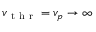
v _ { \mathrm { ~ t ~ h ~ r ~ } } = v _ { p } \to \infty